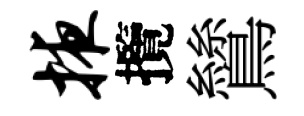
掖攬鷥